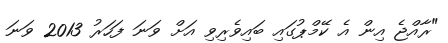
"ރާއްޖެ އިން އެ ކޭމްޕުގައި ބައިވެރިވި އަށް ވަނަ ފަހަރު 2013 ވަނަ